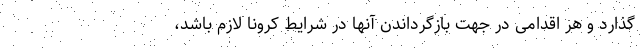
‌گذارد و هر اقدامی در جهت بازگرداندن آنها در شرایط کرونا لازم باشد،